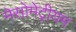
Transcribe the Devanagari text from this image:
मेसोमेट्रीयम